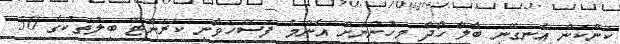
ކަންކަން އެނގޭނީ ބާލާ ހޯދާ މީހުންނަށް އެންމެ ފަސޭހަވާނީ ކަރަންޓް ބިލުތަކުގެ 50